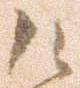
御